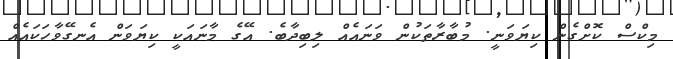
މިކްސް ކޮށްގެން ކިޔަވަނީ. މުބާރާތަކުން ވަނައެއް ލިބިދާބެ. އޭގެ މާނައަކީ ކިޔަވަން އެނގޭވާހަކައެއް